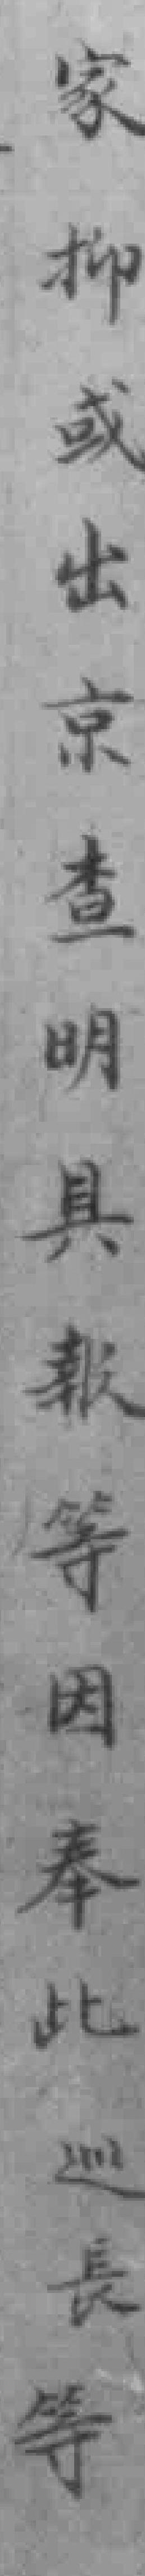
家抑或出京查明具報等因奉此巡長等